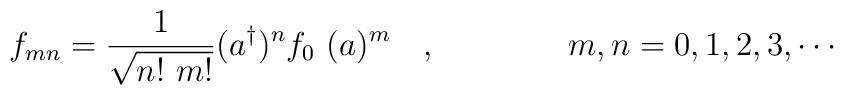
f_{mn}=\frac{1}{\sqrt{n! ~ m!}}(a^\dagger\*)^n f_0\   (\* a)^m \quad , \qquad   \qquad   m,n=0,1,2,3, \cdots